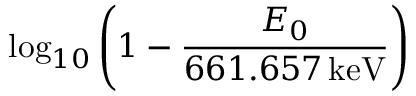
\log _ { 1 0 } \left( 1 - \frac { E _ { 0 } } { 6 6 1 . 6 5 7 \, \mathrm { k e V } } \right)